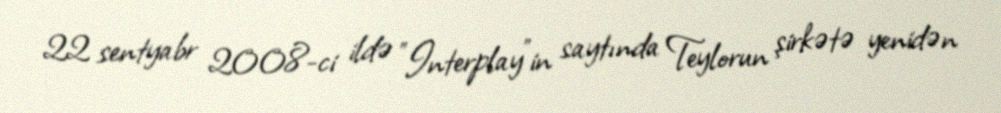
22 sentyabr 2008-ci ildə "Interplay"in saytında Teylorun şirkətə yenidən